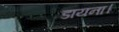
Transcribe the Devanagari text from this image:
डायना।